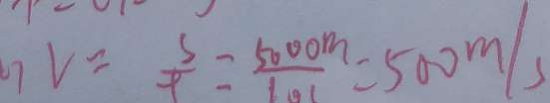
7 V = \frac { s } { \rho } = \frac { 5 0 0 0 m } { 1 0 0 } = 5 0 0 m / s